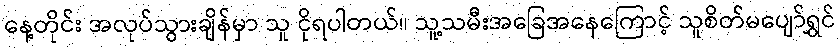
နေ့တိုင်း အလုပ်သွားချိန်မှာ သူ ငိုရပါတယ်။ သူ့သမီးအခြေအနေကြောင့် သူစိတ်မပျော်ရွှင်